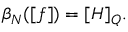
\beta _ { N } ( [ f ] ) = [ H ] _ { Q } .